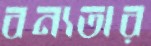
বন্যতার